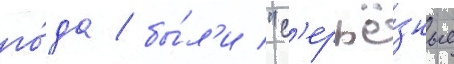
го́да / бы́л'и "с'ерьё́зные